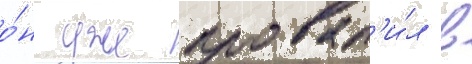
о́н уже провал'и́л в